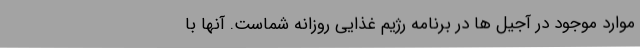
موارد موجود در آجیل ها در برنامه رژیم غذایی روزانه شماست. آنها با